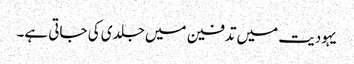
یہودیت میں تدفین میں جلدی کی جاتی ہے۔